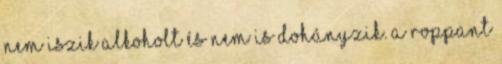
nem iszik alkoholt és nem is dohányzik. A roppant